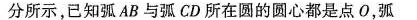
分所示，已知弧AB与弧CD所在圆的圆心都是点O，弧